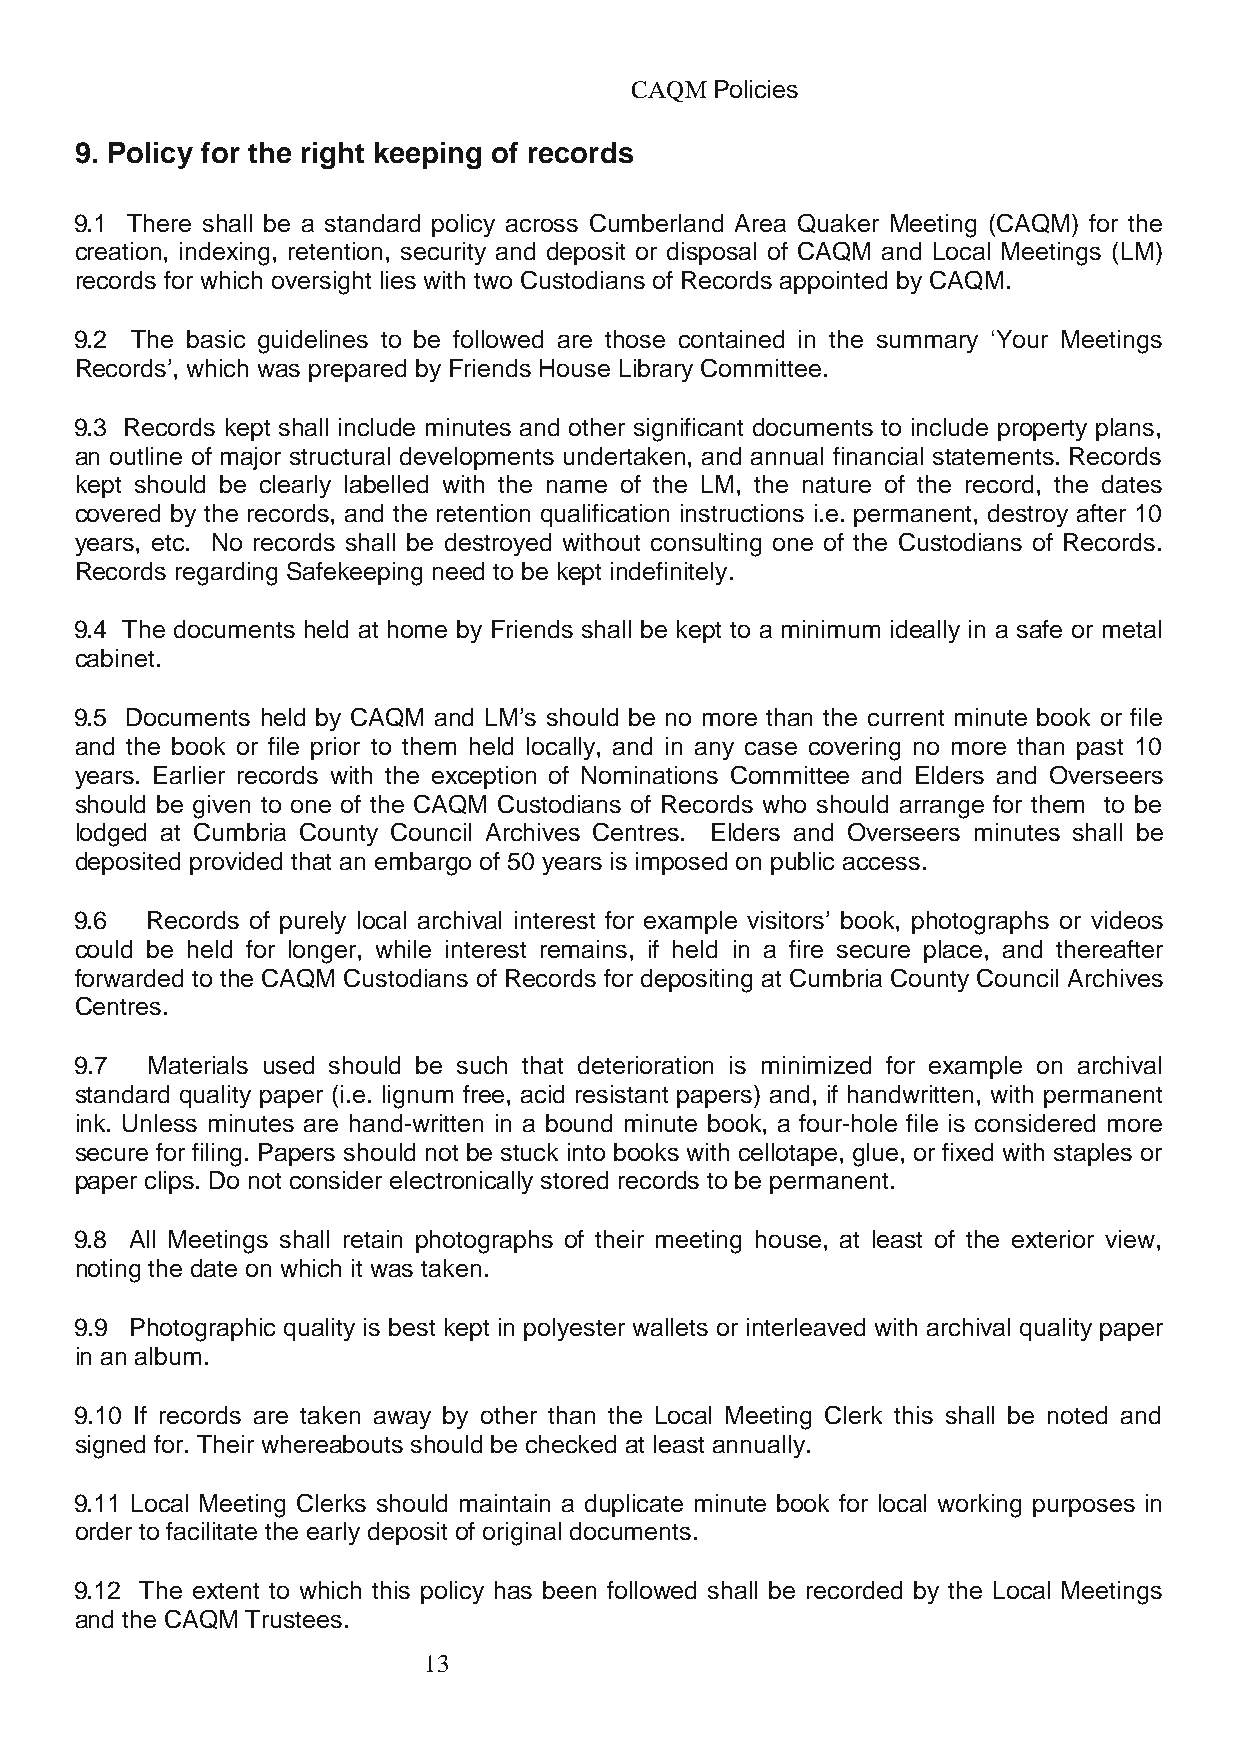
CAQM Policies
 9. Policy for the right keeping of records
 9.1 There shall be a standard policy across Cumberland Area Quaker Meeting (CAQM) for the
 creation, indexing, retention, security and deposit or disposal of CAQM and Local Meetings (LM)
 records for which oversight lies with two Custodians of Records appointed by CAQM.
 9.2 The basic guidelines to be followed are those contained in the summary ‘Your Meetings
 Records’, which was prepared by Friends House Library Committee.
 9.3 Records kept shall include minutes and other significant documents to include property plans,
 an outline of major structural developments undertaken, and annual financial statements. Records
 kept should be clearly labelled with the name of the LM, the nature of the record, the dates
 covered by the records, and the retention qualification instructions i.e. permanent, destroy after 10
 years, etc. No records shall be destroyed without consulting one of the Custodians of Records.
 Records regarding Safekeeping need to be kept indefinitely.
 9.4 The documents held at home by Friends shall be kept to a minimum ideally in a safe or metal
 cabinet.
 9.5 Documents held by CAQM and LM’s should be no more than the current minute book or file
 and the book or file prior to them held locally, and in any case covering no more than past 10
 years. Earlier records with the exception of Nominations Committee and Elders and Overseers
 should be given to one of the CAQM Custodians of Records who should arrange for them to be
 lodged at Cumbria County Council Archives Centres. Elders and Overseers minutes shall be
 deposited provided that an embargo of 50 years is imposed on public access.
 9.6  Records of purely local archival interest for example visitors’ book, photographs or videos
 could be held for longer, while interest remains, if held in a fire secure place, and thereafter
 forwarded to the CAQM Custodians of Records for depositing at Cumbria County Council Archives
 Centres.
 9.7  Materials used should be such that deterioration is minimized for example on archival
 standard quality paper (i.e. lignum free, acid resistant papers) and, if handwritten, with permanent
 ink. Unless minutes are hand-written in a bound minute book, a four-hole file is considered more
 secure for filing. Papers should not be stuck into books with cellotape, glue, or fixed with staples or
 paper clips. Do not consider electronically stored records to be permanent.
 9.8 All Meetings shall retain photographs of their meeting house, at least of the exterior view,
 noting the date on which it was taken.
 9.9 Photographic quality is best kept in polyester wallets or interleaved with archival quality paper
 in an album.
 9.10 If records are taken away by other than the Local Meeting Clerk this shall be noted and
 signed for. Their whereabouts should be checked at least annually.
 9.11 Local Meeting Clerks should maintain a duplicate minute book for local working purposes in
 order to facilitate the early deposit of original documents.
 9.12 The extent to which this policy has been followed shall be recorded by the Local Meetings
 and the CAQM Trustees.
 13